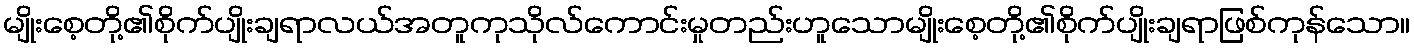
မျိုးစေ့တို့၏စိုက်ပျိုးချရာလယ်အတူကုသိုလ်ကောင်းမှုတည်းဟူသောမျိုးစေ့တို့၏စိုက်ပျိုးချရာဖြစ်ကုန်သော။